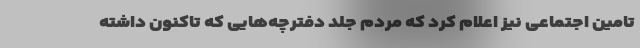
تامین اجتماعی نیز اعلام کرد که مردم جلد دفترچه‌هایی که تاکنون داشته